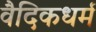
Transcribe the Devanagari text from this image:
वैदिकधर्म